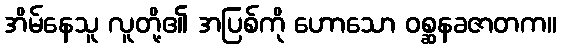
အိမ်နေသူ လူတို့၏ အပြစ်ကို ဟောသော ဝစ္ဆနခဇာတက။